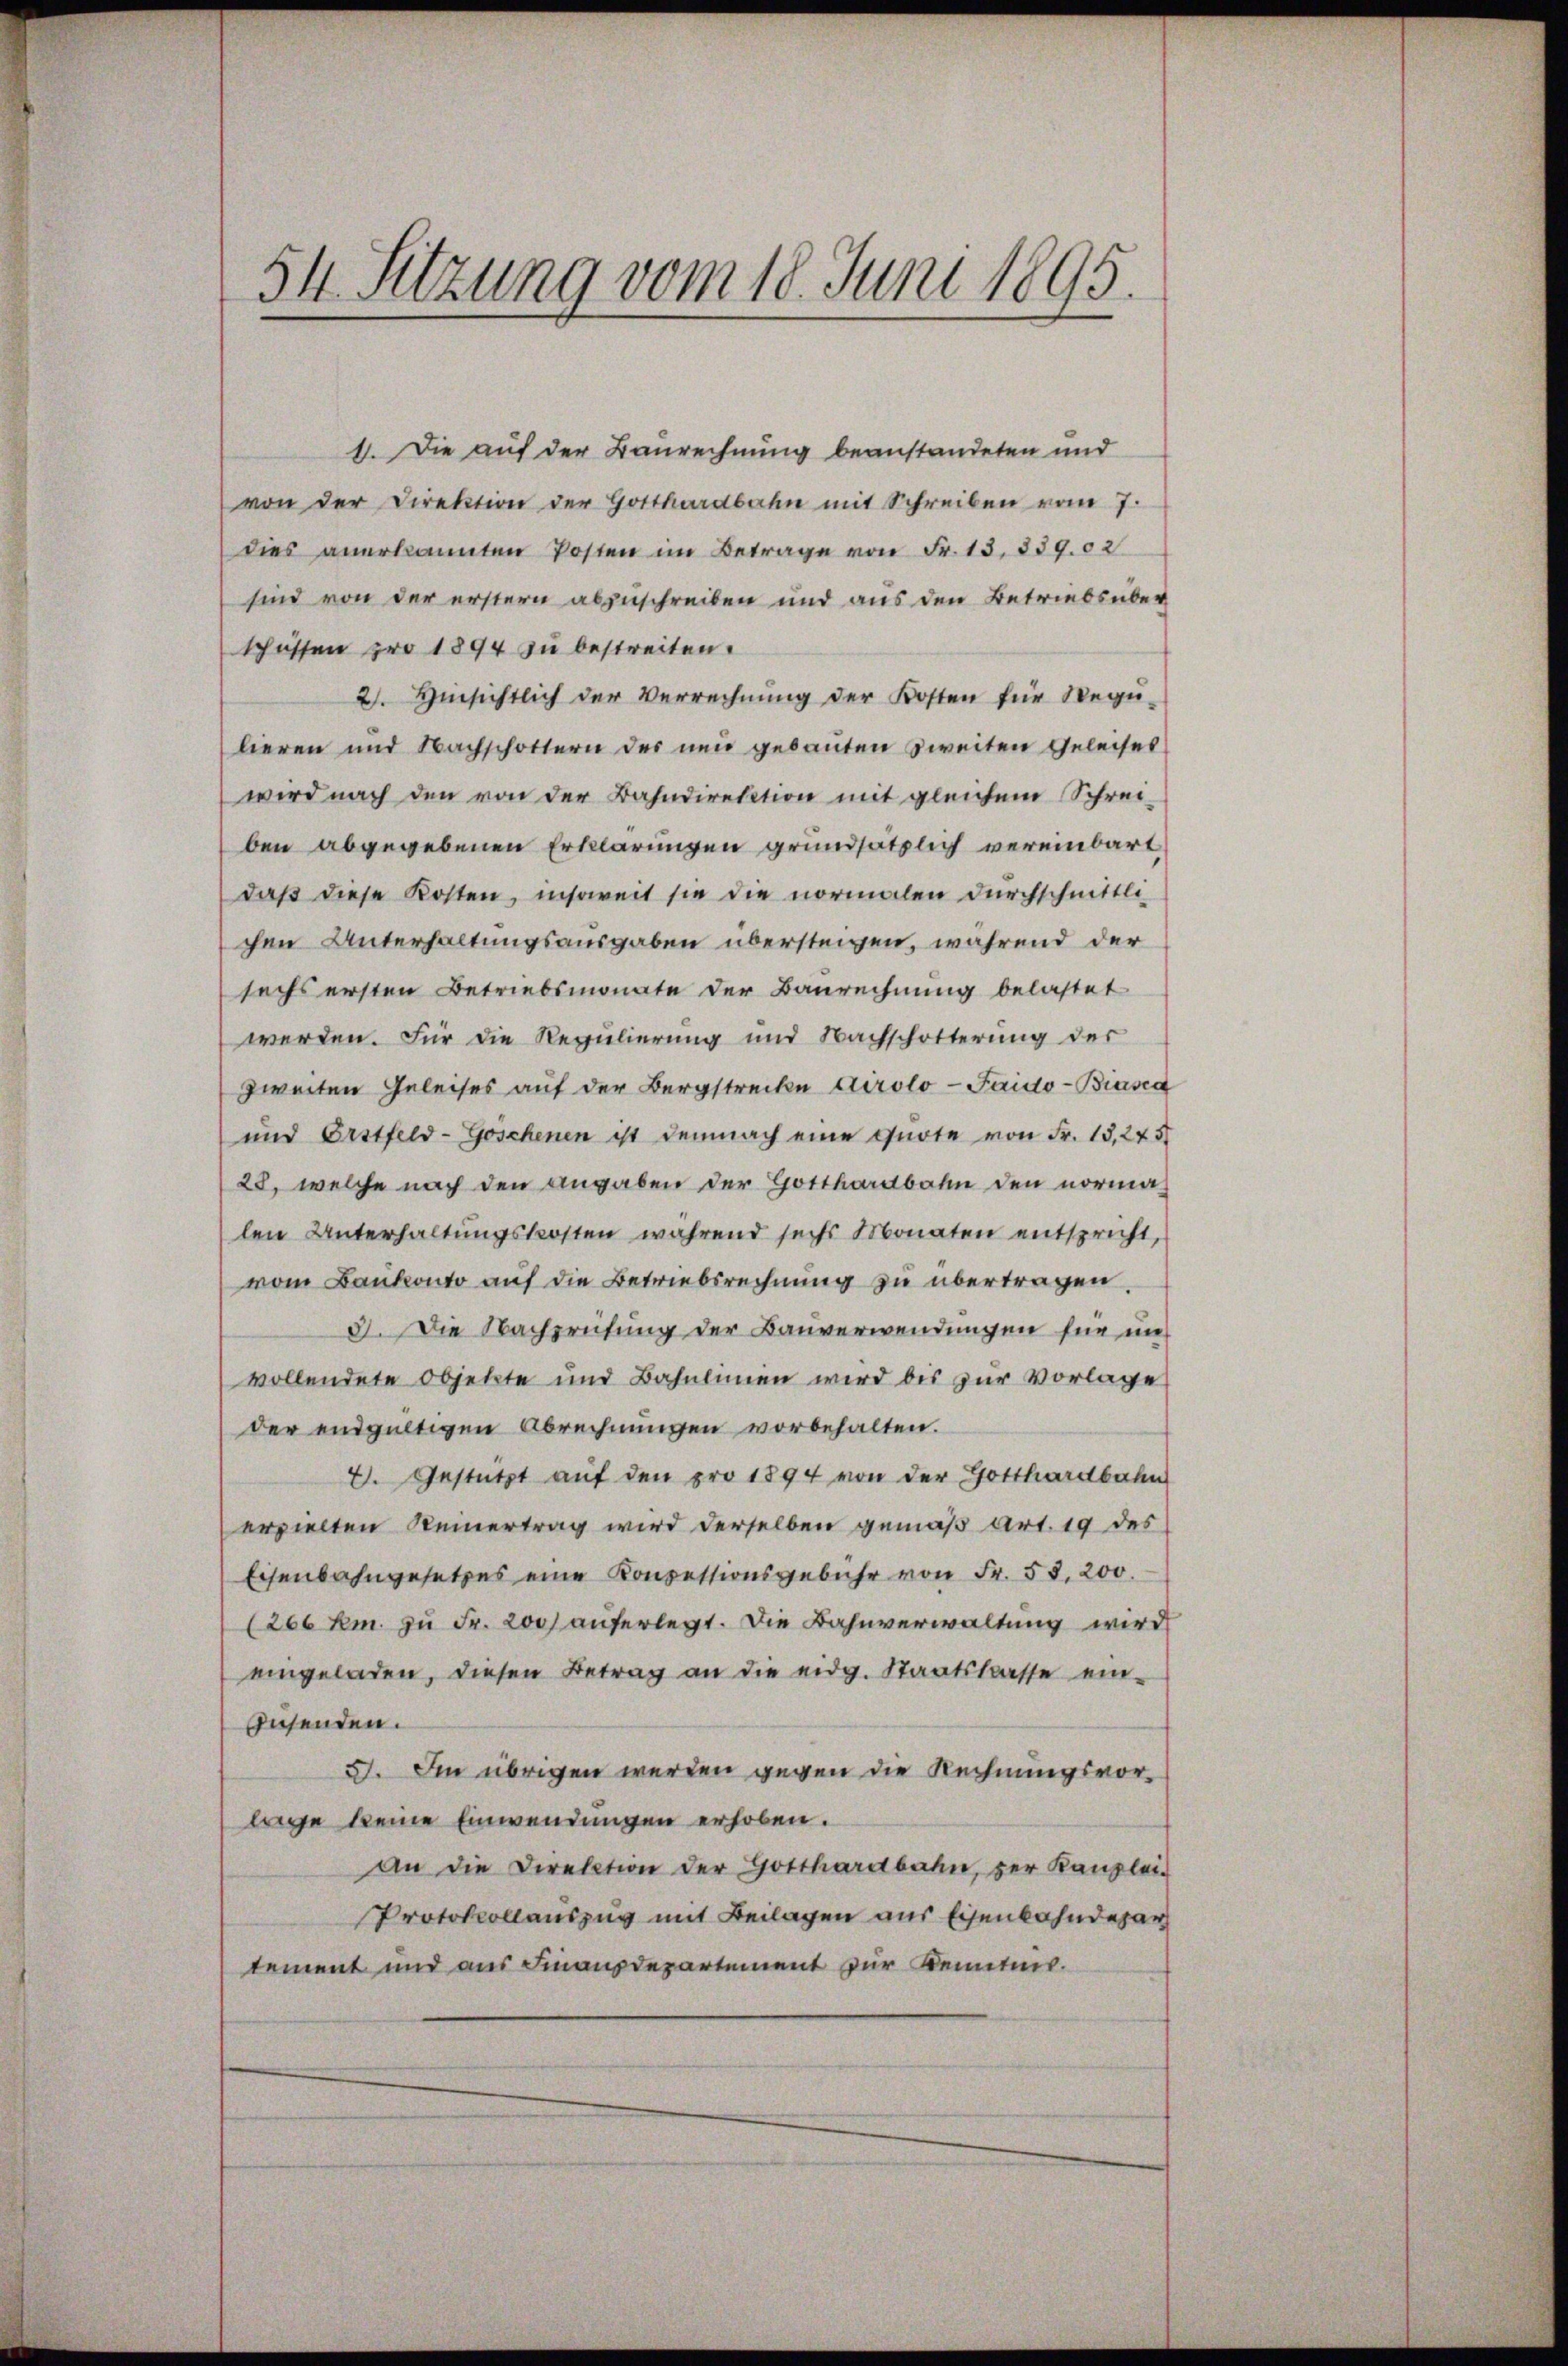
54. Sitzung vom 18. Juni 1895

1. Die auf der Baurechnung beanstandeten und
von der Direktion der Gotthardbahn mit Schreiben vom 7.
dies anerkannten Posten im Betrage von Fr. 13. 359.02
sind von der erstern abzuschreiben und aus den Betriebsüber
schüssen pro 1894 zu bestreiten.
2. Hinsichtlich der Verrechnung der Kosten für Regu-
lieren und Nachschottern der neu gebauten zweiten Geleises
wird nach den von der Bahndirektion mit gleichem Schreiben abgegebenen Erklärungen grundsätzlich vereinbart
daß diese Kosten, insoweit sie die normalen durchschnitti
chen Unterhaltungsausgaben übersteigen, während der
sechs ersten Betriebsmonate der Baurechnung belastet
werden. Für die Regulierung und Nachschotterung der
zweiten Geleises auf der Bergstrecke Airolo-Faido-Biasca
und Erstfeld-Goschenen ist demnach eine Quote von Fr. 13,245
28, welche nach den angaben der Gotthardbahn den norma-
len Unterhaltungskosten während sechs Monaten entspricht,
vom Bankonto auf die Betriebsrechnung zu übertragen.
3. Die Nachprüfung der Bauverwendungen für unvollendete Objekte und Bahnlinien wird bis zur Vorlage
der endgültigen Abrechnungen vorbehalten.
2. Gestützt aŭf den pro 1894 von der Gotthardbahn
erzielten Reinertrag wird derselben gemäß Art. 19 des
Eisenbahngesetzes eine Konzessionsgebühr von Fr. 58. 200.
(266 km. zu Fr. 200 auferlegt. Die Bahnverwaltung wird
eingeladen, diesen Betrag an die eidg. Staatskasse ein-
husenden.
5. Im übrigen werden gegen die Rechnungsvorlage keine Einwendungen erhoben.
An die Direktion der Gotthardbahn, der Kanzlei-
Protokollauszug mit Beilagen aus Eisenbahndepar
tement und aus Finanzdepartement zur Kenntnis.